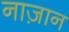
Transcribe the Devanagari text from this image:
नाज़ान